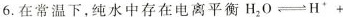
6.在常温下，纯水中存在电离平衡H_{2}O\rightleftharpoons H^{+}+